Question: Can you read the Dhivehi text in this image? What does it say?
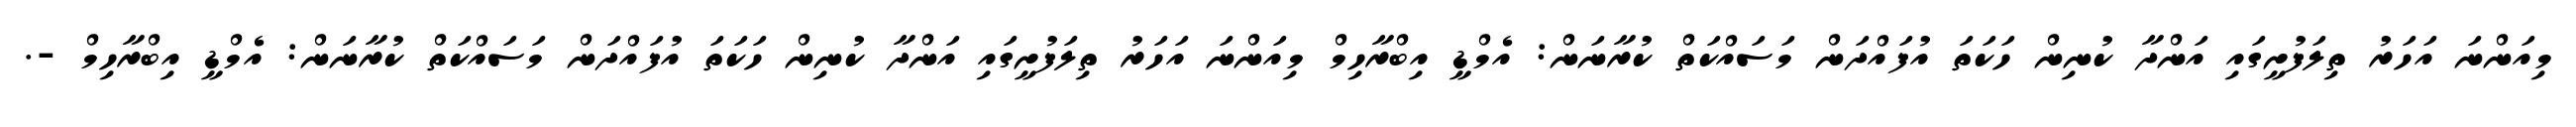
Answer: މިއަންނަ އަހަރު ތިލަފުށީގައި އަންދާ ކުނިން ހަކަތަ އުފައްދަން މަސައްކަތް ކުރާނަން: އެމްޑީ އިބްރާހިމް މިއަންނަ އަހަރު ތިލަފުށީގައި އަންދާ ކުނިން ހަކަތަ އުފައްދަން މަސައްކަތް ކުރާނަން: އެމްޑީ އިބްރާހިމް -.